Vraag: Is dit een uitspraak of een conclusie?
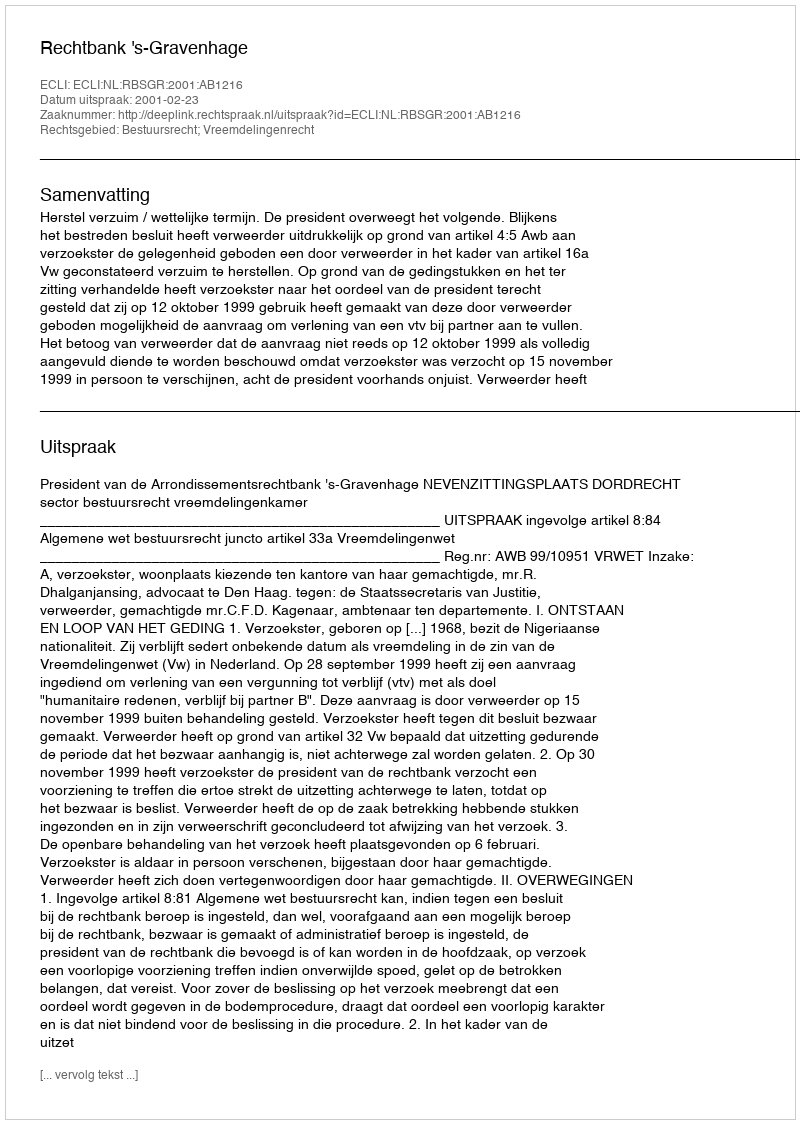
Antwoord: Uitspraak